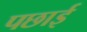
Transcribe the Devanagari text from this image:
पछाई